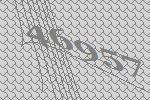
46957